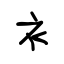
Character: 衤